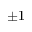
\pm 1